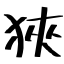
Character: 狹